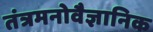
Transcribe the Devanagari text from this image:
तंत्रमनोवैज्ञानिक